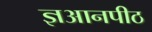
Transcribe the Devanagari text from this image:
ज्ञआनपीठ